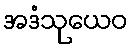
အဒံသုယေဝ